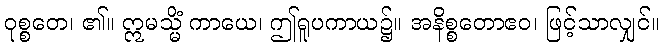
ဝုစ္စတေ၊ ၏။ ဣမသ္မိံ ကာယေ၊ ဤရူပကာယ၌။ အနိစ္စတောဧဝ၊ ဖြင့်သာလျှင်။